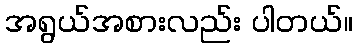
အရွယ်အစားလည်း ပါတယ်။